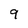
Character: 9